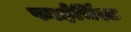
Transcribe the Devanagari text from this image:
फाईर्चिल्ड